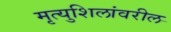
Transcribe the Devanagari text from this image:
मृत्युशिलांवरील